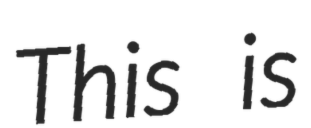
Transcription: This is